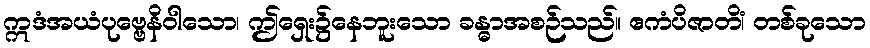
ဣဒံအယံပုဗ္ဗေနိဝါသော၊ ဤရှေး၌နေဘူးသော ခန္ဓာအစဉ်သည်။ ဧကံပိဇာတိံ၊ တစ်ခုသော